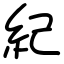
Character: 紀